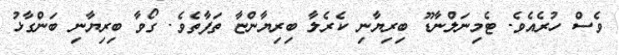
ވެސް ހުރެއެވެ. ޓެމިނަލްނާޑޫ ބިރިޔާނި ކެރެލާ ބިރިޔާންޏާ ތަފާތެވެ. ގޯވާ ބިރިޔާނި ބަންގާޅު